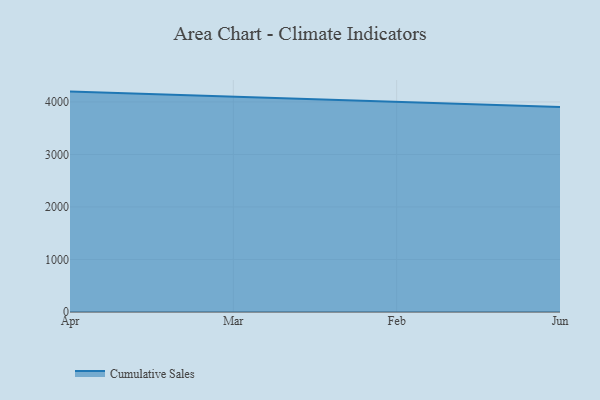
{"axis": {"x": "Month", "y": "Inventory Turnover"}, "legend": ["Cumulative Sales"], "data": [{"x": "Apr", "y": 4196.6, "type": "Cumulative Sales"}, {"x": "Mar", "y": 4101.4, "type": "Cumulative Sales"}, {"x": "Feb", "y": 3994.3, "type": "Cumulative Sales"}, {"x": "Jun", "y": 3901.3, "type": "Cumulative Sales"}]}